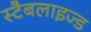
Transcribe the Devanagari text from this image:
स्टैबलाइज्ड